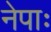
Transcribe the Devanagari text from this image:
नेपाः